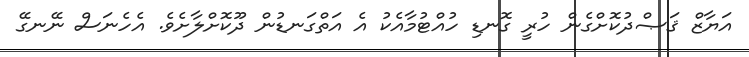
އަޔާޒް ޤަޞްދުކޮށްގެން ހުރީ ގޮނޑި ހުއްޓުމާއެކު އެ އަތްގަނޑުން ދޫކޮށްލާށެވެ. އެހެނަސް ނޭނގޭ